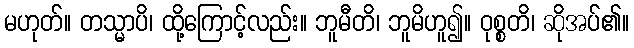
မဟုတ်။ တသ္မာပိ၊ ထို့ကြောင့်လည်း။ ဘူမီတိ၊ ဘူမိဟူ၍။ ဝုစ္စတိ၊ ဆိုအပ်၏။